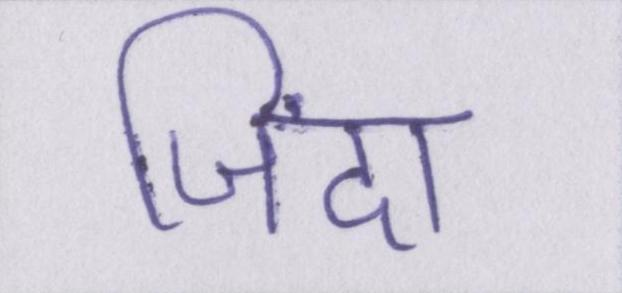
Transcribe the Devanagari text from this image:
जिंदा